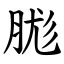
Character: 䏵